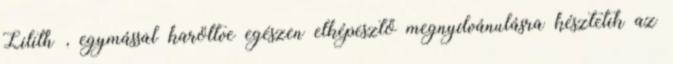
Lilith , egymással karöltve egészen elképesztő megnyílvánulásra késztetik az